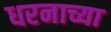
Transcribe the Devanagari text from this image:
धरनाच्या